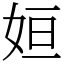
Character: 姮